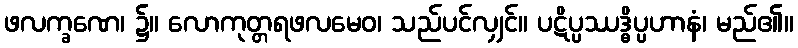
ဖလက္ခဏေ၊ ၌။ လောကုတ္တရဖလမေဝ၊ သည်ပင်လျှင်။ ပဋိပ္ပဿဒ္ဓိပ္ပဟာနံ၊ မည်၏။